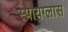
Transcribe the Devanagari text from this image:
स्पायग्लास